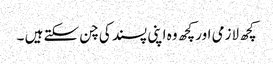
کچھ لازمی اور کچھ وہ اپنی پسند کی چن سکتے ہیں ۔